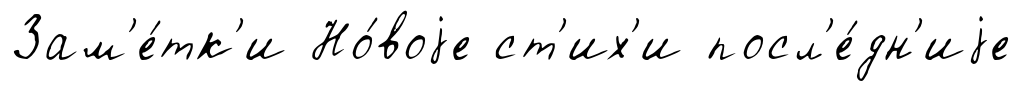
Зам'е́тк'и Но́воjе ст'их'и посл'е́дн'иjе